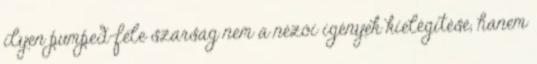
ilyen pumped-féle szarság nem a nézői igények kielégítése, hanem